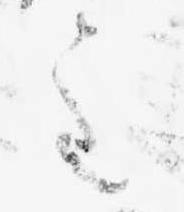
主